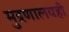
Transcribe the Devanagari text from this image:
मुद्रणालयही